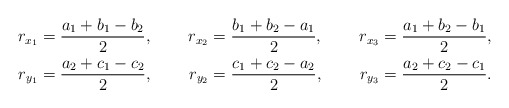
\begin{align*}r_{x_1}&=\frac{a_1+b_1-b_2}{2},\ &r_{x_2}&=\frac{b_1+b_2-a_1}{2},\ &r_{x_3}&=\frac{a_1+b_2-b_1}{2}, \\r_{y_1}&=\frac{a_2+c_1-c_2}{2},\ &r_{y_2}&=\frac{c_1+c_2-a_2}{2},\ &r_{y_3}&=\frac{a_2+c_2-c_1}{2}.\end{align*}